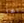
أيها